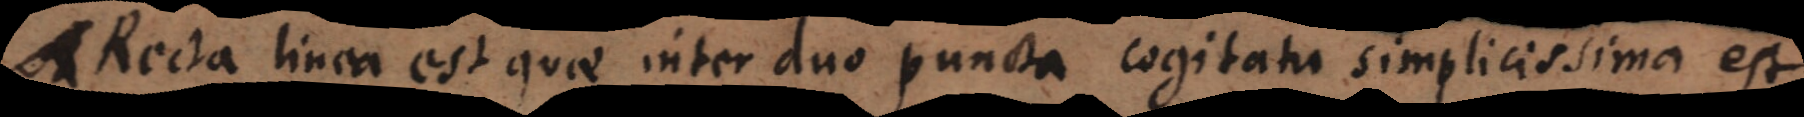
e a est quae inter duo puncta cogitata simplicissima est.